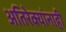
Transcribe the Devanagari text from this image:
अतिरेक्यांनाही